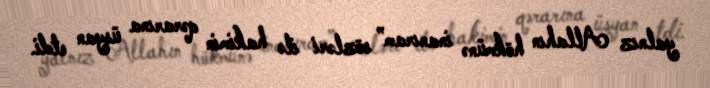
yalnız Allahın hökmünə inanıram” sözləri ilə hakimin qərarına üsyan etdi.